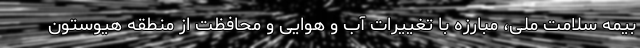
بیمه سلامت ملی، مبارزه با تغییرات آب و هوایی و محافظت از منطقه هیوستون